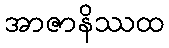
အာဇာနိဿထ